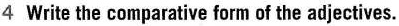
4 Write the comparative form of the adjectives.